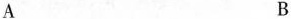
A B